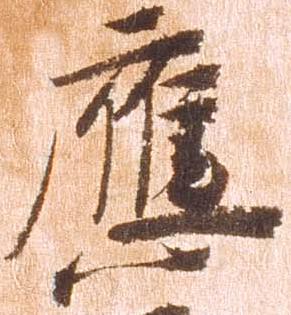
応